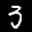
Label: 3